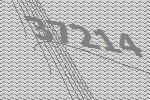
37214